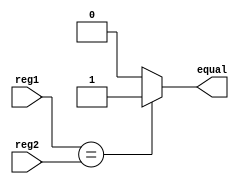
`timescale 1ns/1ns
module IsEqual(reg1,reg2,equal);
	input[4:0] reg1,reg2;
	output equal;
	assign equal = reg1 == reg2 ? 1 : 0;
	
endmodule